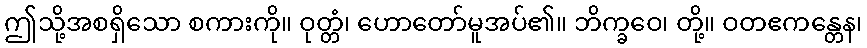
ဤသို့အစရှိသော စကားကို။ ဝုတ္တံ၊ ဟောတော်မူအပ်၏။ ဘိက္ခဝေ၊ တို့။ ဝတဧကန္တေန၊